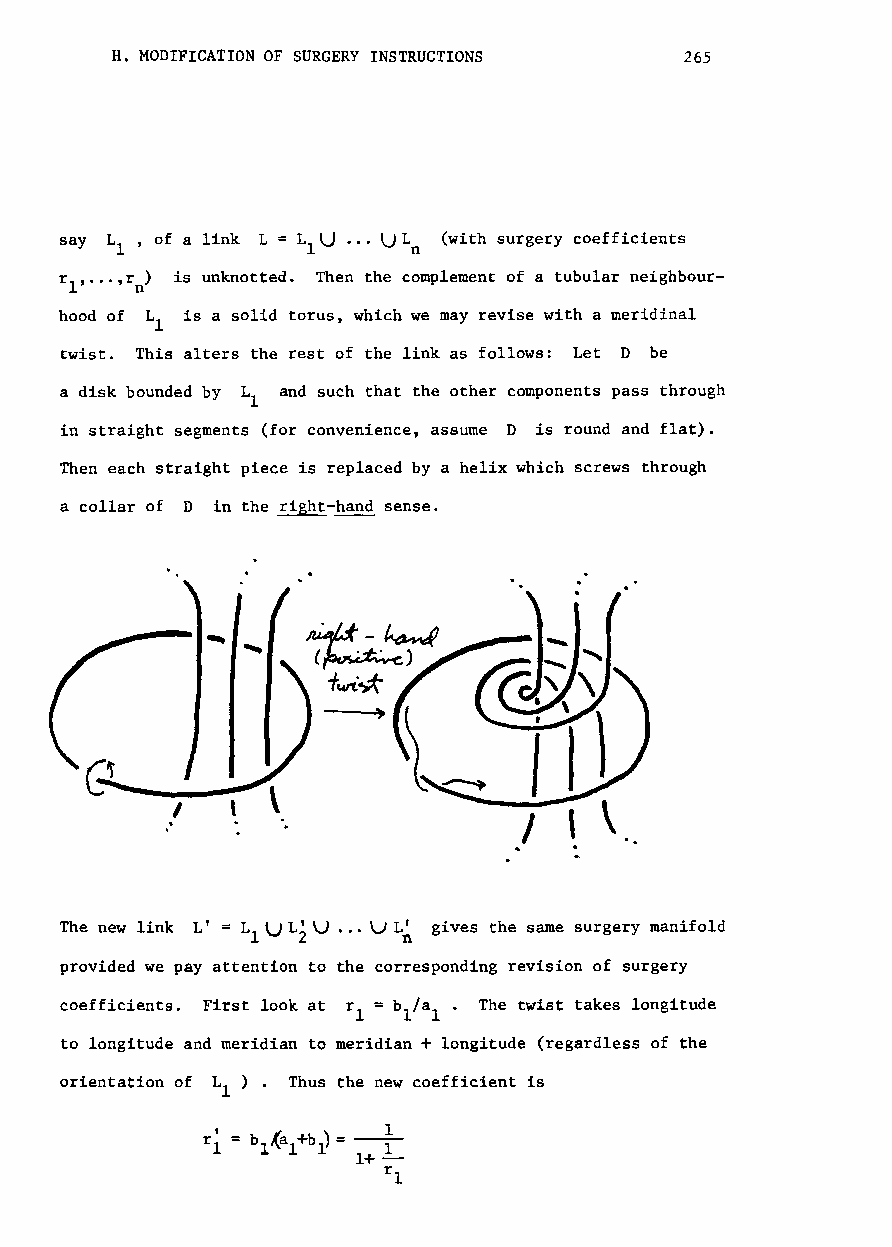
H. MODIFICATION OF SURGERY INSTRUCTIONS 265
 say L ' of a link L = L U ... U L (with surgery coefficients
 1           1      n
 rl,..•,r ) is unknotted. Then the complement of a tubular neighbour
 n
 hood of L is a solid torus, which we may revise with a meridinal
 1
 twist. This alters the rest of the link as follows: Let D be
 a disk bounded by L and such that the other components pass through
 l
 in straight segments (for convenience, assume D is round and flat).
 Then each straight piece is replaced by a helix which screws through
 a collar of D in the right-hand sense.
 The new link L' = L U Li U ... U L~ gives the same surgery manifold
 1
 provided we pay attention to the corresponding revision of surgery
 coefficients. First look at r =bl/a!. The twist takes longitude
 l
 to longitude and meridian to meridian + longitude (regardless of the
 orientation of L ) . Thus the new coefficient is
 1